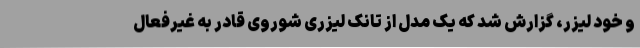
و خود لیزر، گزارش شد که یک مدل از تانک لیزری شوروی قادر به غیرفعال